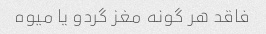
فاقد هر گونه مغز گردو یا میوه